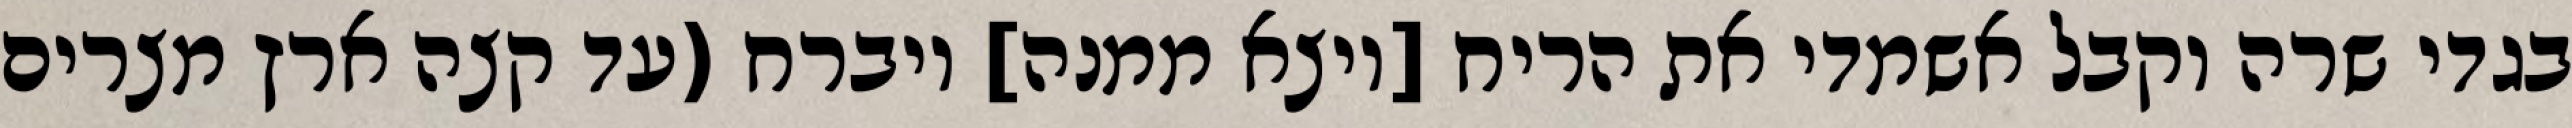
בגדי שרה וקבל אשמדי את הריח [ויצא ממנה] ויברח (עד קצה ארץ מצרים